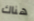
هناك